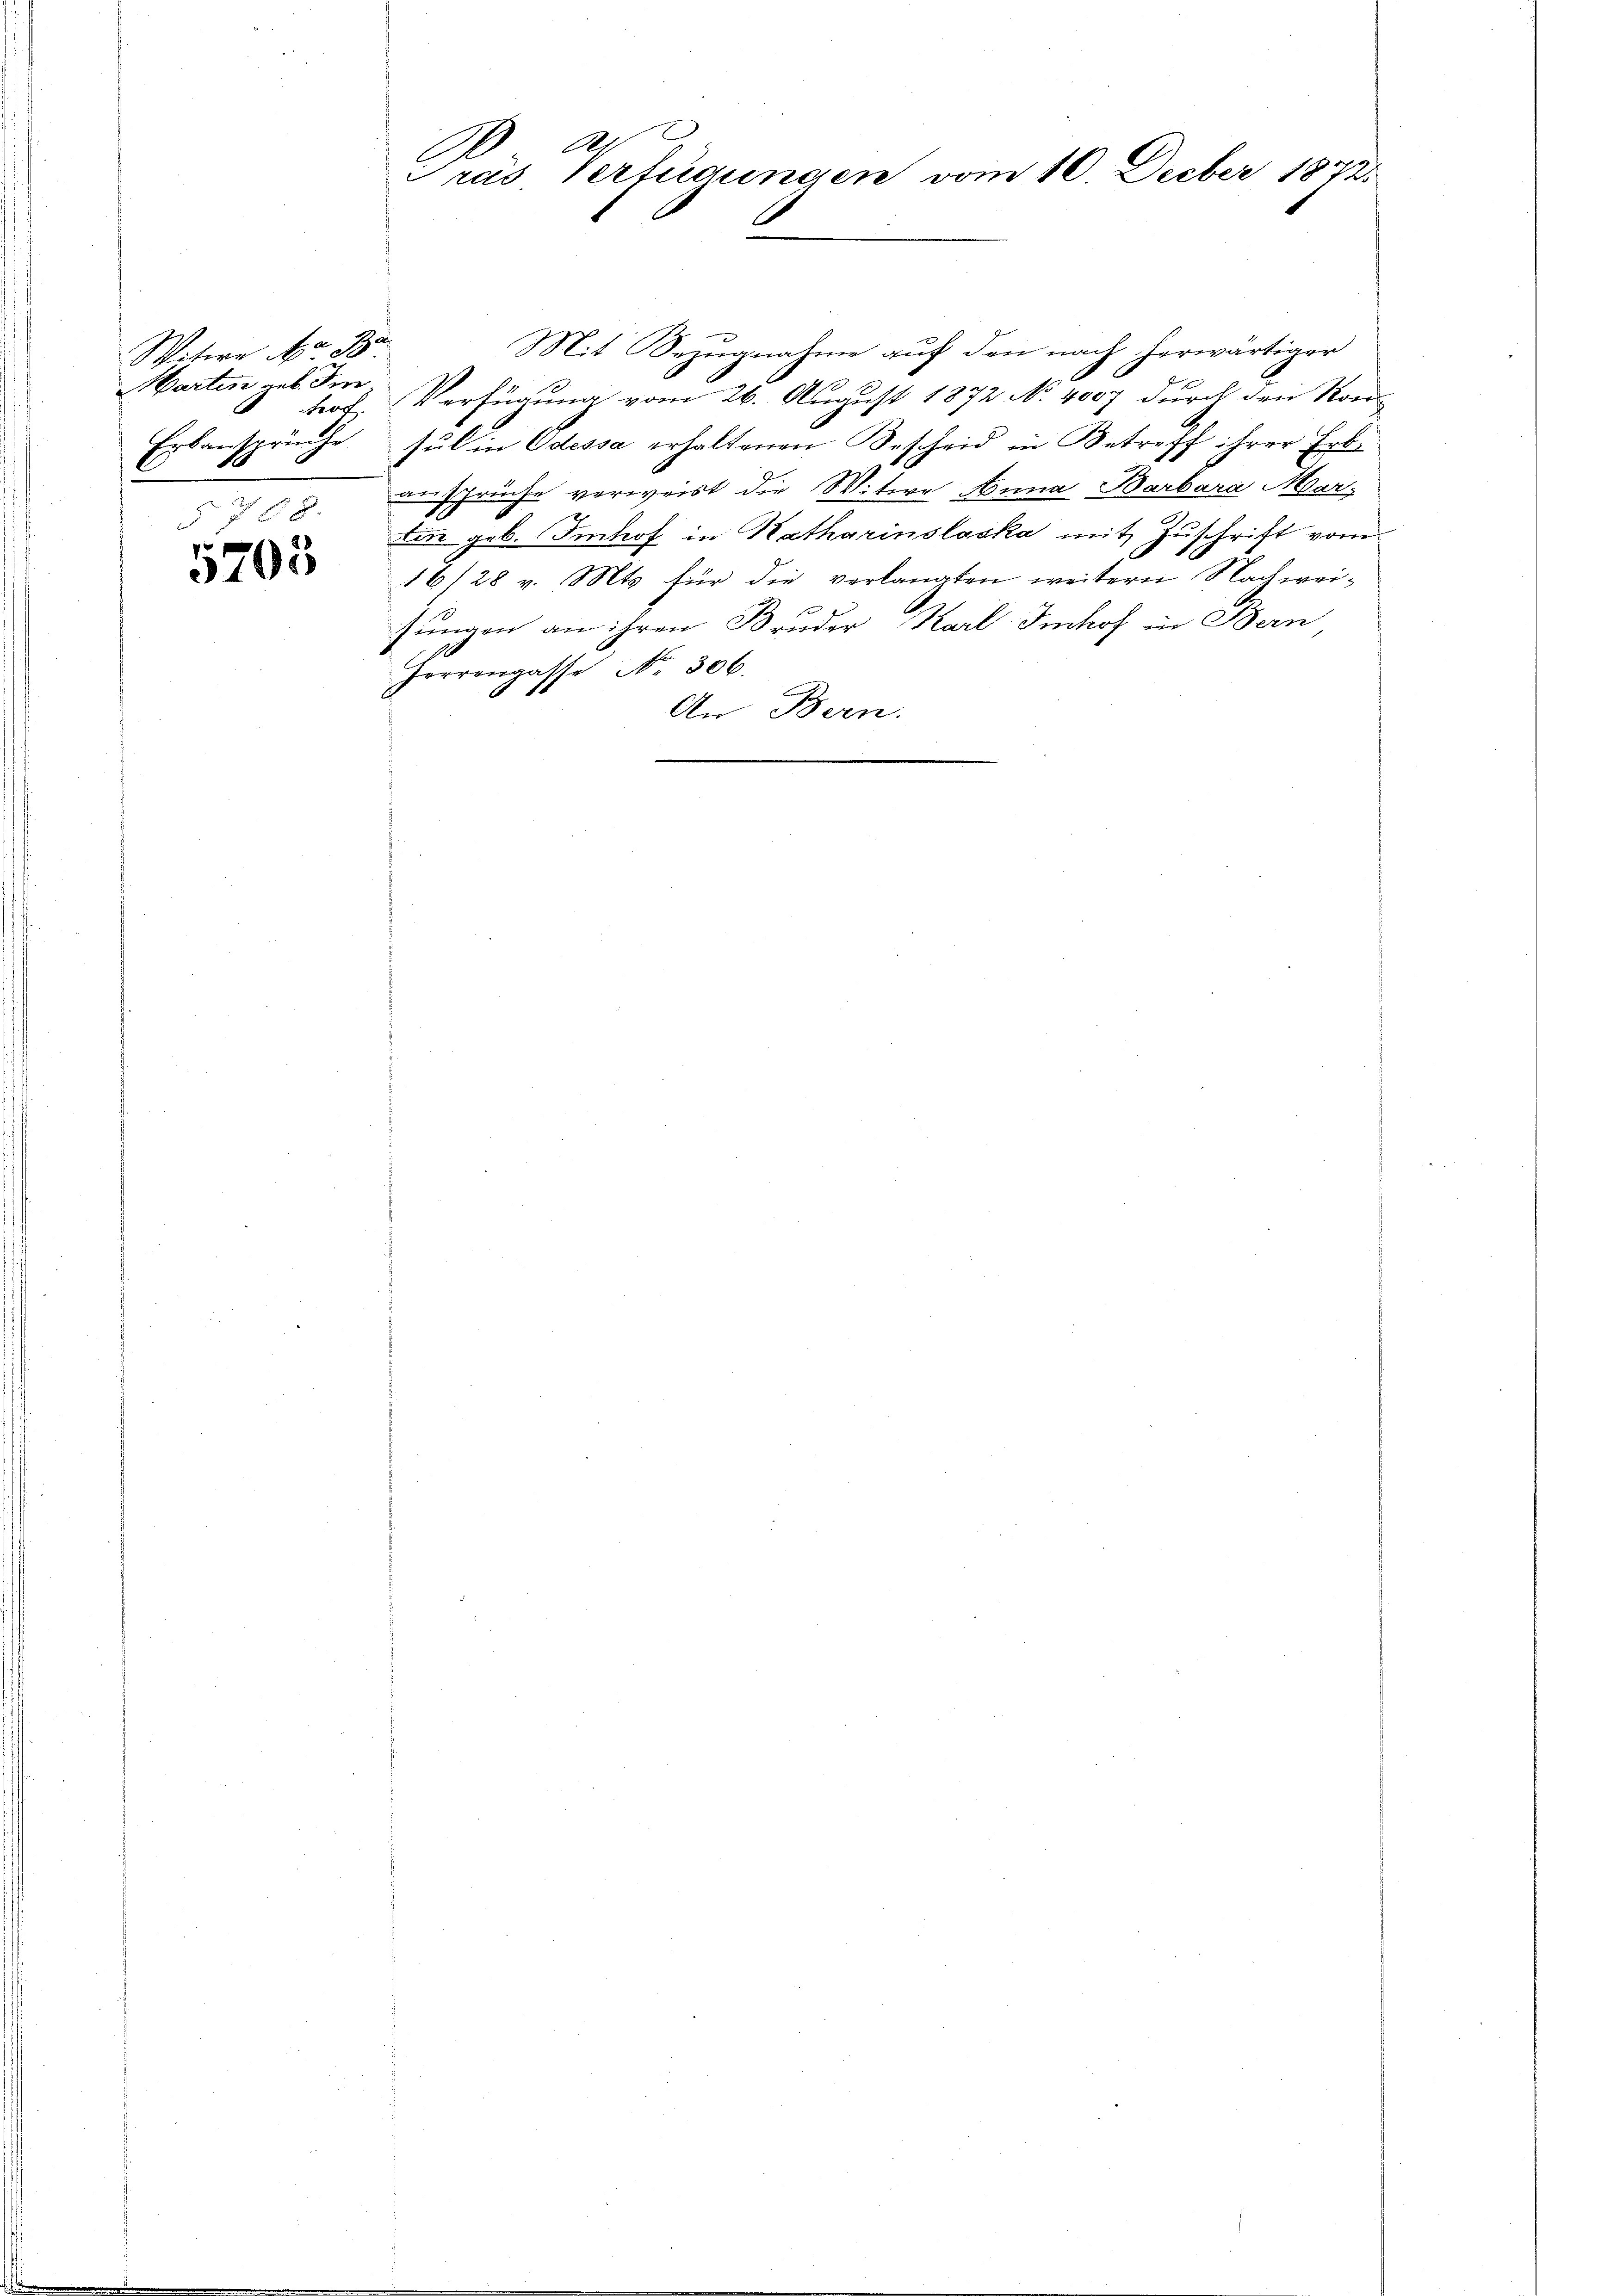
Witwe a 12
Martin geb. Im
Erbansprüche

5703

e
Pras Verfügungen vom 10. Decber 1872

Mit Bezugnahme auf den nach herwärtiger
rof. Verfügung vom 26. August 1872 No 4007 durch den Ron
sŭl in Odessa erhaltenen Bescheid in Betreff ihrer Erb-
 § 88. ansprüche verweist die Witwe Anna Barbara Mar-
din geb. Imhof in Katharinslaska mit Zuschrift vom
16/28 v. Mts. für die verlangten weitern Nachweis
jungen an ihren Brüder Karl Imhof in Bern
Forrengasse No. 306.
81.
1
An Bern
.
.
e